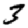
Digit: 3